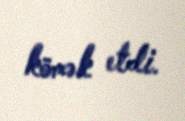
kömək etdi.